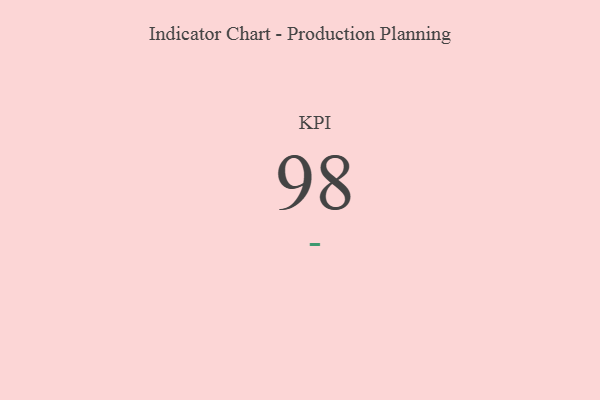
{"axis": {"x": "KPI", "y": "Value"}, "legend": [""], "data": [{"x": "KPI", "y": 98, "type": ""}]}